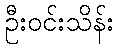
ဦးဝင်းသိန်း